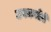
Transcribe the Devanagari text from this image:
उपकलेने